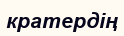
кратердің